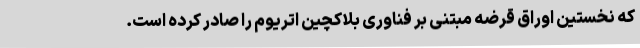
که نخستین اوراق قرضه مبتنی بر فناوری بلاکچین اتریوم را صادر کرده است.